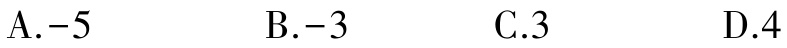
A.$-5$  B.$-3$  C.$3$  D.$4$